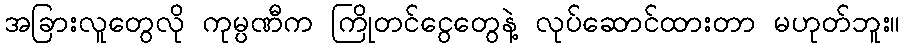
အခြားလူတွေလို ကုမ္ပဏီက ကြိုတင်ငွေတွေနဲ့ လုပ်ဆောင်ထားတာ မဟုတ်ဘူး။